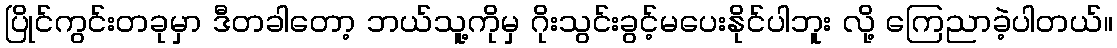
ပြိုင်ကွင်းတခုမှာ ဒီတခါတော့ ဘယ်သူ့ကိုမှ ဂိုးသွင်းခွင့်မပေးနိုင်ပါဘူး လို့ ကြေညာခဲ့ပါတယ်။